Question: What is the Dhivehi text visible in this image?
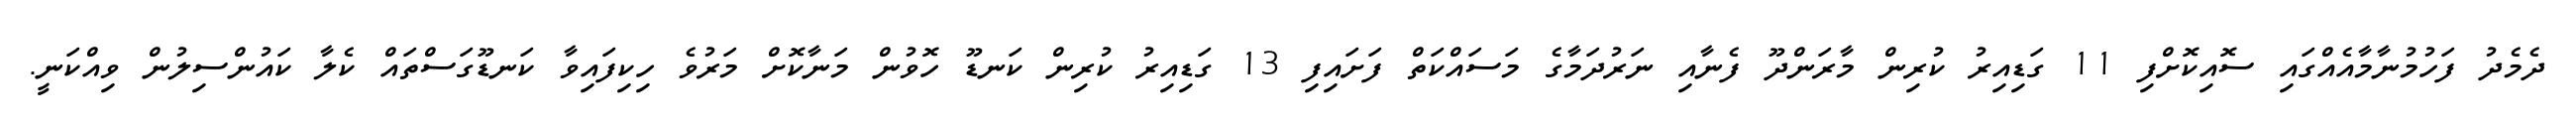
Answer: ދެމެދު ފަހުމުނާމާއެއްގައި ސޮއިކޮށްފި 11 ގަޑިއިރު ކުރިން މާރަންދޫ ފެނާއި ނަރުދަމާގެ މަސައްކަތް ފަށައިފި 13 ގަޑިއިރު ކުރިން ކަނޑޫ ހޮވުން މަނާކޮށް މަރުވެ ހިކިފައިވާ ކަނޑޫގަސްތައް ކެލާ ކައުންސިލުން ވިއްކަނީ.